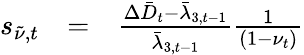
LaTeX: \begin{array}{rcl}{s_{\tilde{\nu},t}}&{=}&{\frac{\Delta\bar{D}_{t}-\bar{\lambda}_{3,t-1}}{\bar{\lambda}_{3,t-1}}\frac{1}{(1-\nu_{t})}}\end{array}